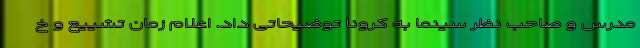
مدرس و صاحب نظر سینما به کرونا توضیحاتی داد. اعلام زمان تشییع و خ